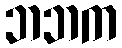
ဘဘက